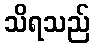
သိရသည်